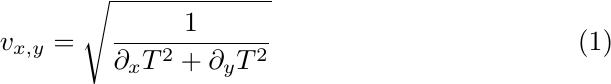
 \begin{equation}
     v_{x,y} = \sqrt{\frac{1}{\partial_x T^2 + \partial_y T^2}}
 \end{equation}